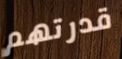
قدرتهم